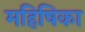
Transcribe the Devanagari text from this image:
महिषिका